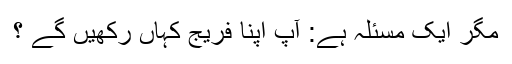
مگر ایک مسئلہ ہے: آپ اپنا فریج کہاں رکھیں گے ؟